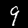
Label: 9